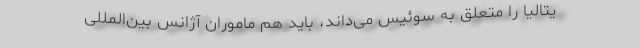
یتالیا را متعلق به سوئیس می‌داند، باید هم ماموران آژانس بین‌المللی